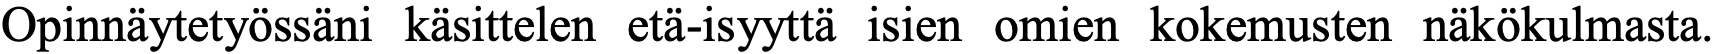
Opinnäytetyössäni käsittelen etä-isyyttä isien omien kokemusten näkökulmasta.